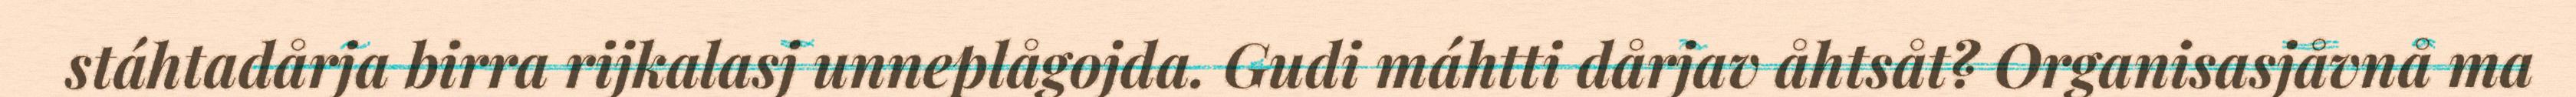
stáhtadårja birra rijkalasj unneplågojda. Gudi máhtti dårjav åhtsåt? Organisasjåvnå ma